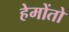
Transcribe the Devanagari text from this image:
हेमोंतो